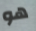
هو